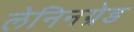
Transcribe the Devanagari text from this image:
लेनिनग्रेड